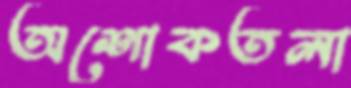
অশোকতলা